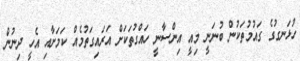
ހުޅަނގުގެ ގައުމުތަކުން ބުނަނީ މިއީ އިންސާނީ ހައްގުތަކަށް އަރައިގަތުމެއް ކަމަށާއި އެހީ ދިނުން